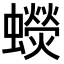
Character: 𧓌